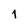
Character: 1